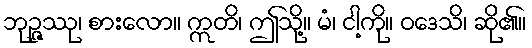
ဘုဉ္ဇဿု၊ စားလော။ ဣတိ၊ ဤသို့။ မံ၊ ငါ့ကို။ ဝဒေသိ၊ ဆို၏။